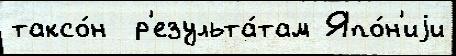
таксо́н  р'езульта́там Япо́н'иjи